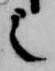
之